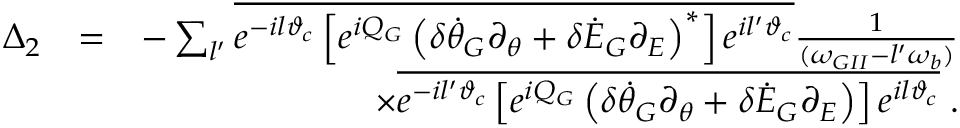
\begin{array} { r l r } { \Delta _ { 2 } } & { = } & { - \sum _ { l ^ { \prime } } \overline { { e ^ { - i l \vartheta _ { c } } \left[ e ^ { i Q _ { G } } \left( \delta \dot { \theta } _ { G } \partial _ { \theta } + \delta \dot { \cal E } _ { G } \partial _ { \cal E } \right) ^ { * } \right] e ^ { i l ^ { \prime } \vartheta _ { c } } } } \frac { 1 } { ( \omega _ { G I I } - l ^ { \prime } \omega _ { b } ) } } \\ & { } & { \times \overline { { e ^ { - i l ^ { \prime } \vartheta _ { c } } \left[ e ^ { i Q _ { G } } \left( \delta \dot { \theta } _ { G } \partial _ { \theta } + \delta \dot { \cal E } _ { G } \partial _ { \cal E } \right) \right] e ^ { i l \vartheta _ { c } } } } \; . } \end{array}